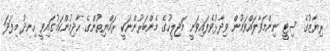
ރިޔާޒުގެ ސިޓީ ނިންމަވާލައްވަމުން ވިދާޅުވެފައިވަނީ މަޖިލީހުގެ މެންބަރުންނަކީ ރައްޔިތުންގެ ހާދިމުންކަމުގައިވީ ހިނދު މިފަދަ